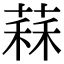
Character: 䔉